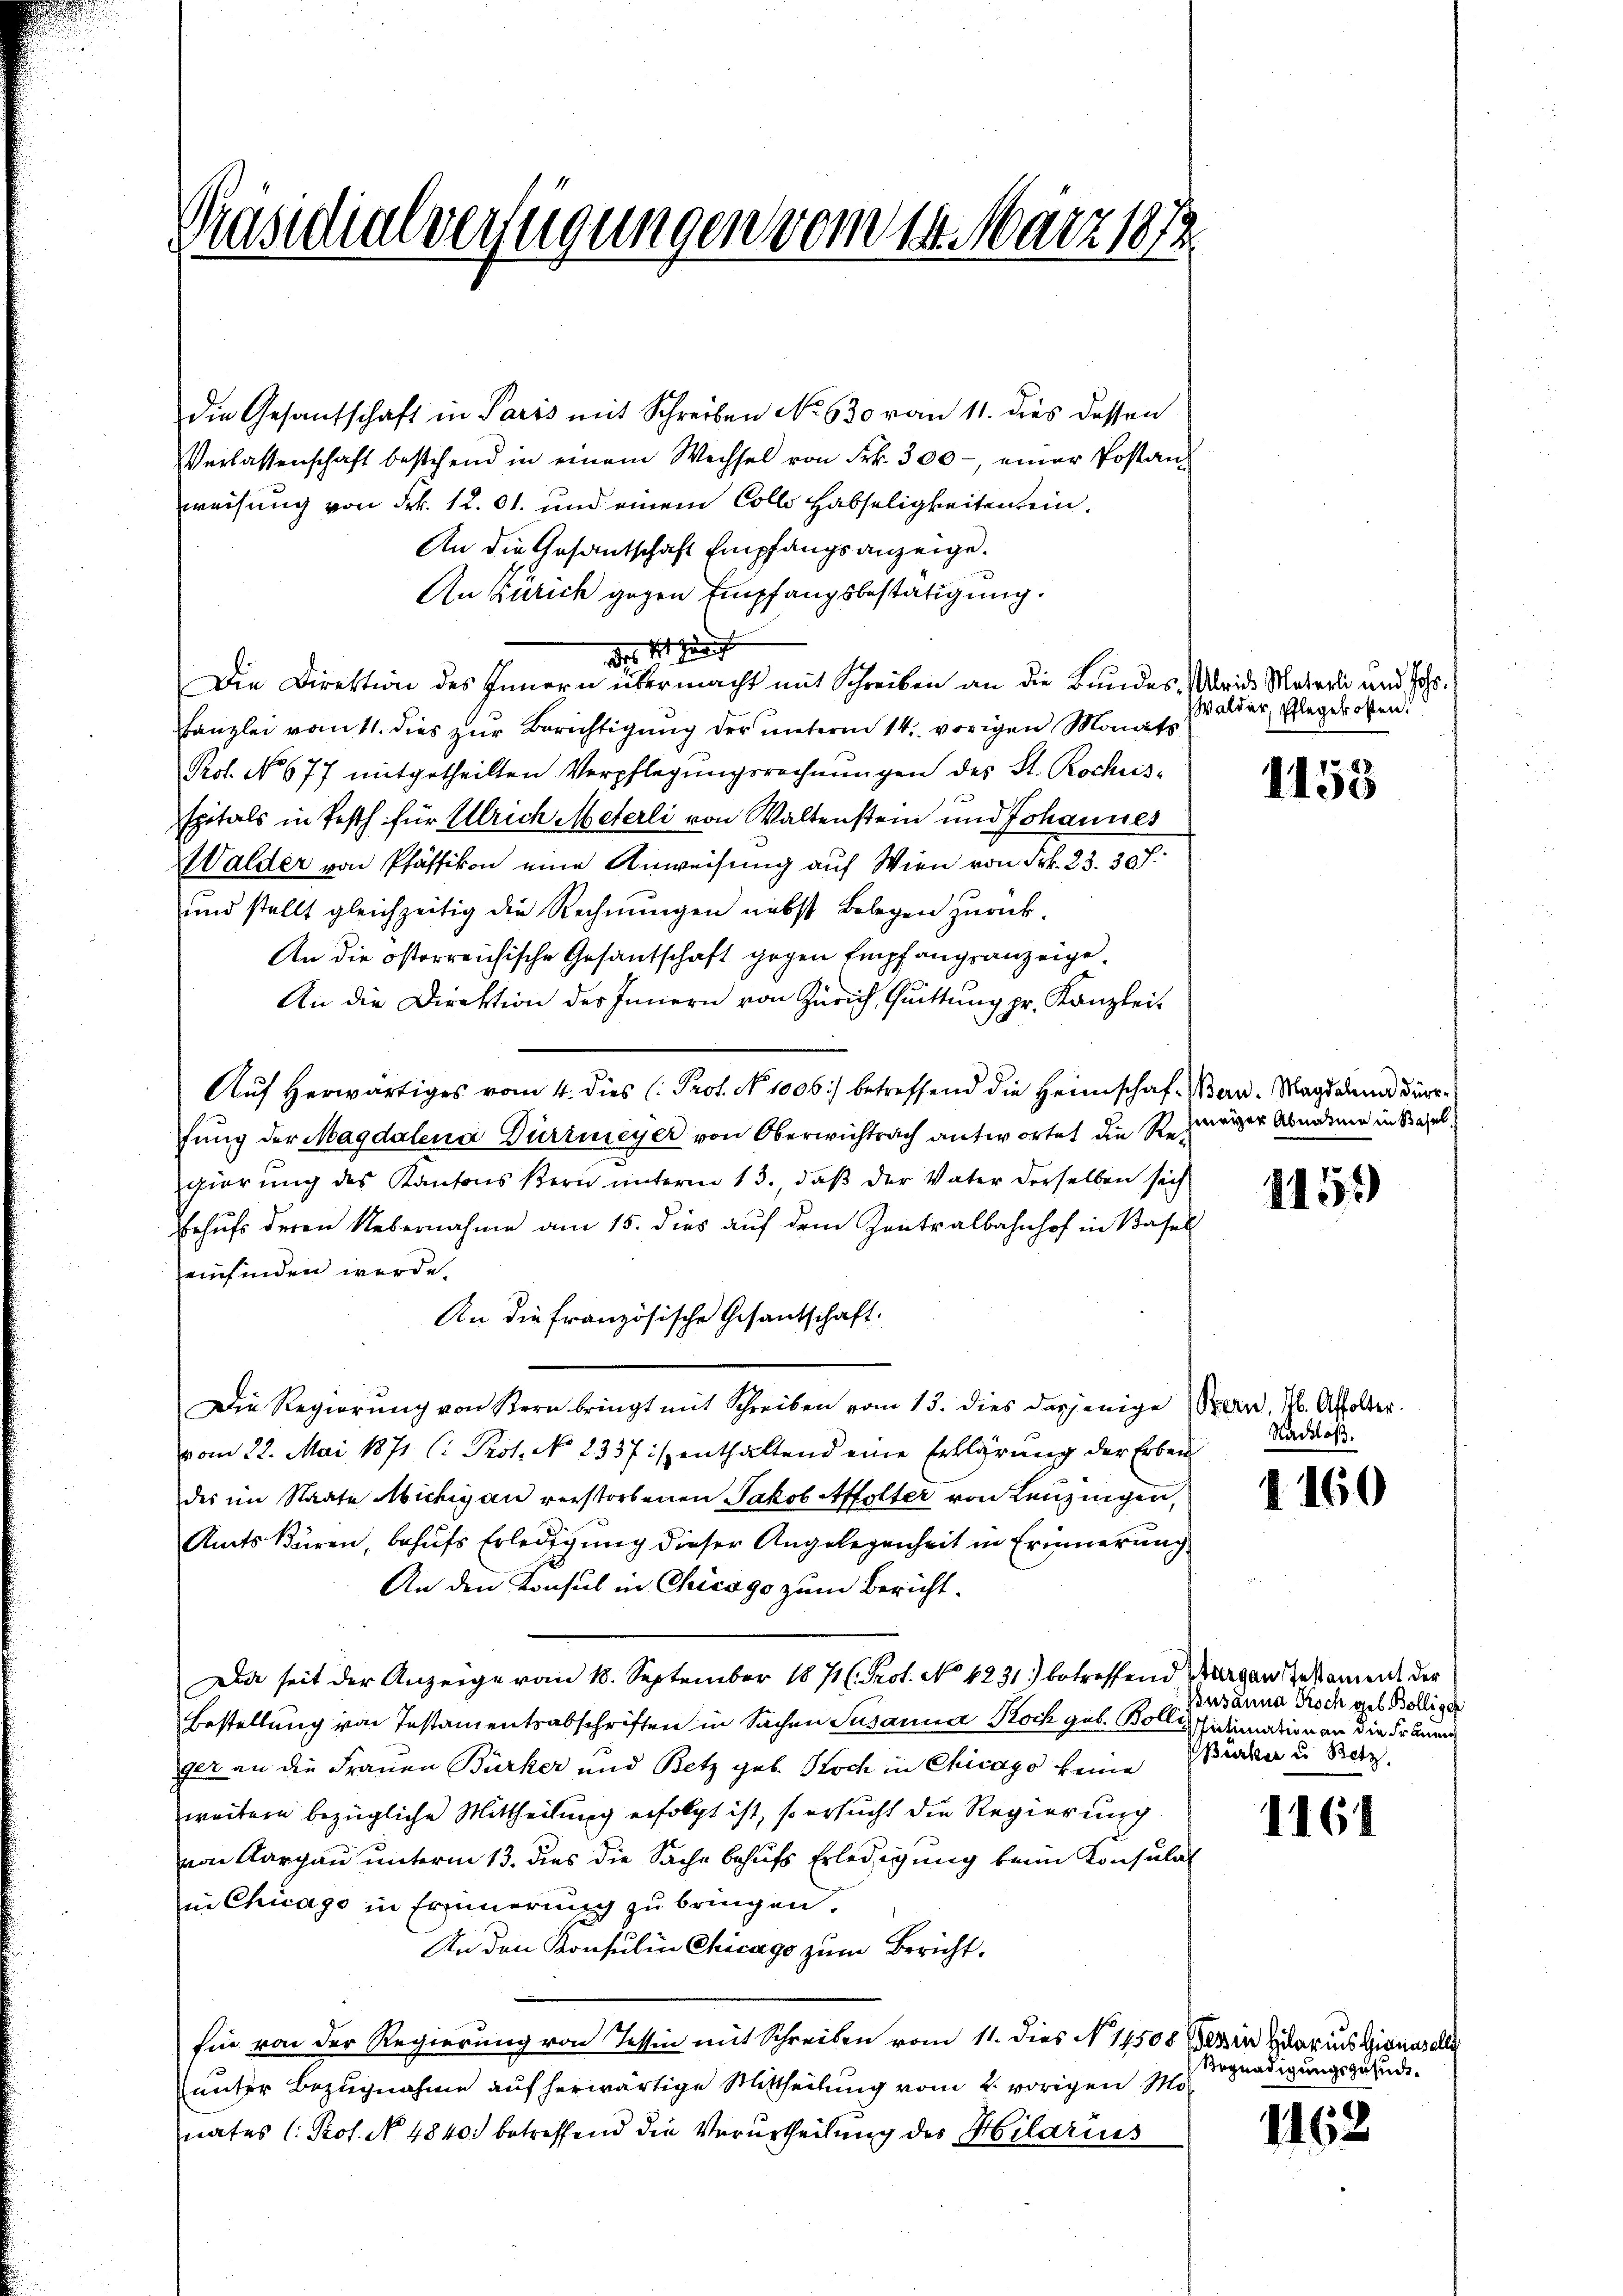
Präsidialverfügungen vom 14. März 1872

die Gesantschaft in Paris mit Schreiben No 630 von 11. dies dessen
Verlassenschaft bestehend in einem Wechsel von Frk. 300 - einer Postanz
weisung von Frk. 12. 61. und einem Colle Habseligkeiten sein.
An die Gesantschaft Empfangsanzeige.
An Zürich gegen Empfangsbestätigung.
der Sitzung
Die Direktion des Innern übermacht mit Schreiben an die Bundes, Abris Materli und Johs.
kanzlei vom 11. dies zur Berichtigung der unterm 14. vorigen Monats
Prot. No. 677 mitgetheilten Verpflegŭngsrechnŭngen des St. Rochus-
spitals in Pesth für Ulrich Meterli von Waltenstein und Johannes
Walder von Pfäffikon eine Anweisung auf Wien von Frk. 23. 307.
und stellt gleichzeitig die Rechnungen nebst Belegen zurück.
An die österreichische Gesantschaft gegen Empfangsanzeige¬
An die Direktion des Innern von Zürich, Quittung pr. Kanzlei-
Aŭf herwärtiges vom 4. dies C. Prof. No. 1006) betreffend die Heimschaf-Ben-Magdalena Bürfung der Magdalena Dürimeyer von Oberwichtrach antwortet die Regierung des Kantons Stern unterm 13., daß der Vater derselben sech
Behufs deren Uebernahme am 15. dies auf dem Zentralbahnhof in Basel
einfinden werde.
An die französische Gesantschaft.
Die Regierung von Stern bringt mit Schreiben vom 15. dies dasjenige Bern, M. Affolter
vom 22. Mai 1871 (: Prot. N. 2337 is enthaltend eine Erklärung der Erben
des im Staate Michig an verstorbenen Jakob Affolter von Leuzingen,
Amts Büren, behufs Erledigung dieser Angelegenheit in Erinnerung
An den Konsul in Chicago zum Bericht¬
Da seit der Anzeige von 18. September 1871 (Prot. No 6231) betreffend Margau Gestament der
Bestellung von Instamentsabschriften in Sachen Susanna Koch geb. Bollis fidemation an die Frauen
ger an die Frauen Bürker und Betz geb. Noch in Chicago keine
weitere bezügliche Mittheilung erfolgt ist, so ersucht die Regierung
von Aargau unterm 13. dies die Sache behufs Erledigung beim Konsulat
in Chicago in Erinnerung zu bringen.
An den Konsulin Chicago zum Bericht.
fin von der Regierung von Tessin mit Schreiben vom 11. dies N. 11508 ein klar ins Gienas alle
unter Bezugnahme auf herwärtige Mittheilung vom 2. vorigen Mo
nates Prof. No 4840. betreffend die Verurtheilung des Hilarius

Walder, Pflegekosten.

1153

hweiger Abnahme in Basel

1159

Nachloß.

1160

Busanna Koch geb. Bollisch
Bürker u Betz

1161

Begnadigungszusid.

1162